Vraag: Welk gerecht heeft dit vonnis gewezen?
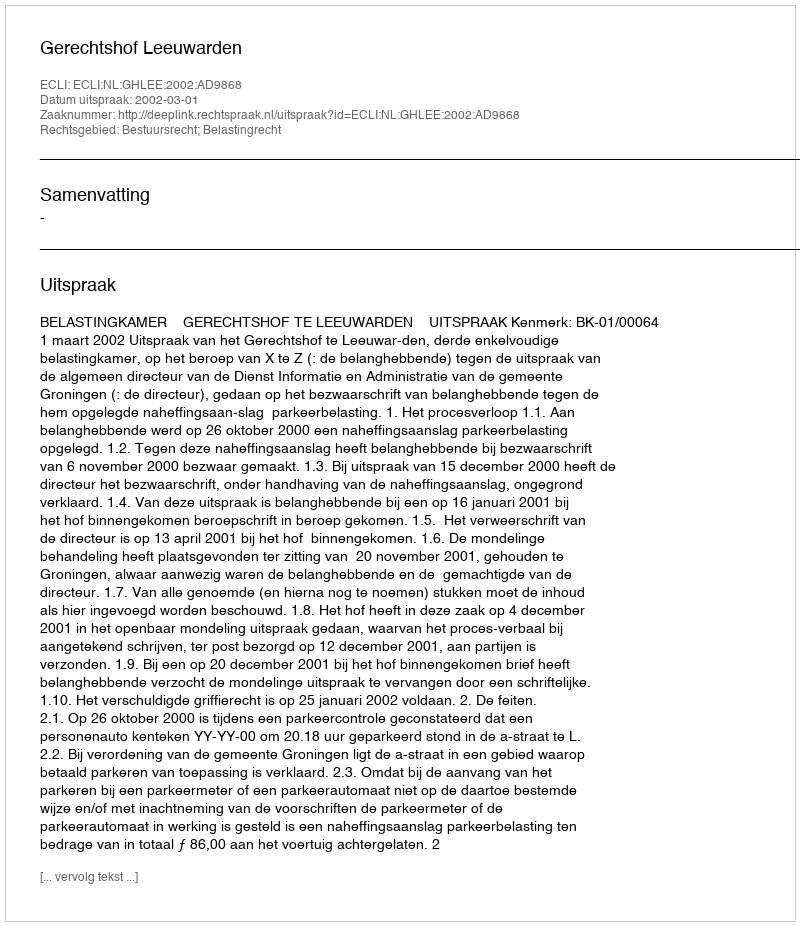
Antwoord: Gerechtshof Leeuwarden